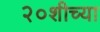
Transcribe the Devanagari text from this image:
२०शीच्या